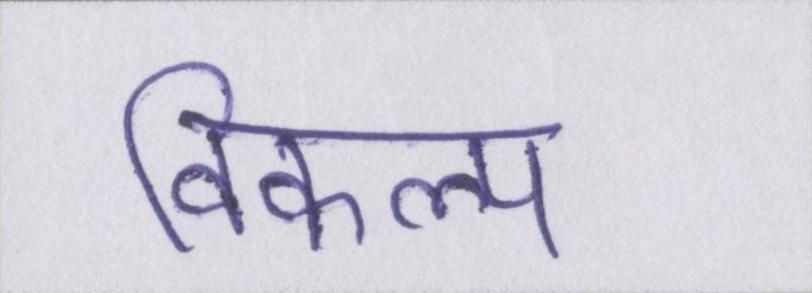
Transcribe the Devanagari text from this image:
विकल्प